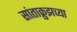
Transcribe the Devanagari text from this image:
सांताक्रुझच्या